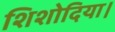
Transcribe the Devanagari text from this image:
शिशोदिया।